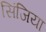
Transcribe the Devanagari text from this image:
सिंजिया